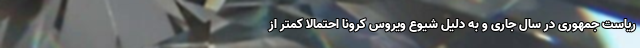
ریاست جمهوری در سال جاری و به دلیل شیوع ویروس کرونا احتمالا کمتر از